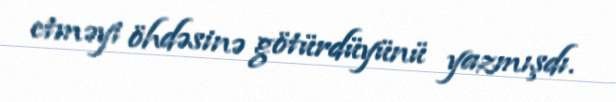
etməyi öhdəsinə götürdüyünü yazmışdı.